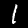
Digit: 1